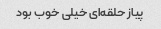
پیاز حلقه‌ای خیلی خوب بود